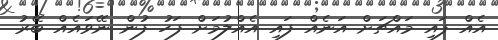
އެއް ފައި މައްޗަށް އަނެއް ފައި އެއްލުމަށް ފަހު ފުން ނޭވައެއް ބޭރު